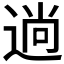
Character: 𮞢